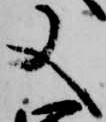
又